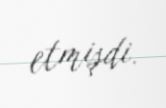
etmişdi.